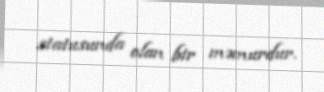
statusunda olan bir məmurdur.